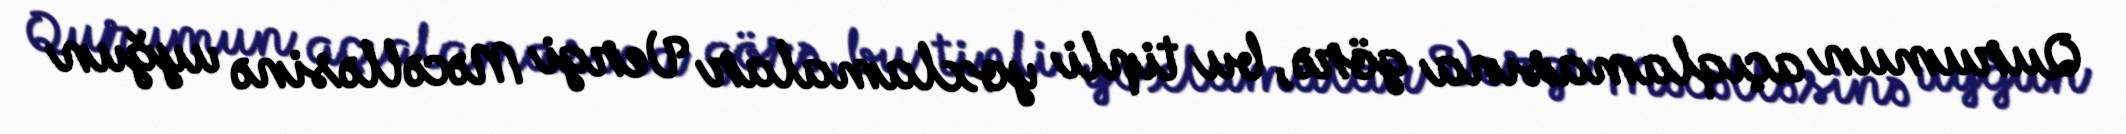
Qurumun açıqlamasına görə, bu tipli yoxlamalar Vergi Məcəlləsinə uyğun